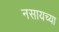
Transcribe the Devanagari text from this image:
नसायच्या